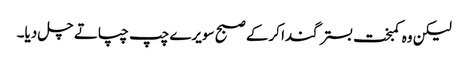
لیکن وہ کمبخت بستر گندا کرکے صبح سویرے چپ چپاتے چل دیا۔